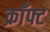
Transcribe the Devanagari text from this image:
क्राँफ्ट